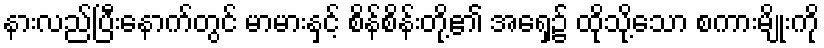
နားလည်ပြီးနောက်တွင် မာမားနှင့် စိန်စိန်းတို့၏ အရှေ့၌ ထိုသို့သော စကားမျိုးကို